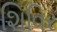
શિવિર